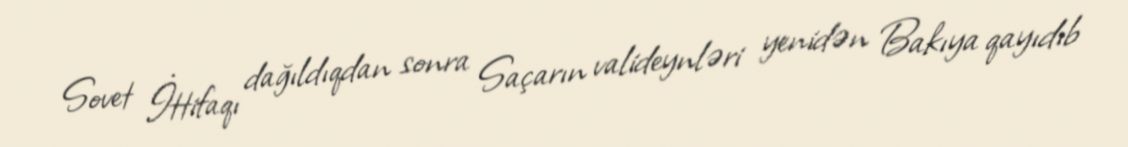
Sovet İttifaqı dağıldıqdan sonra Saçarın valideynləri yenidən Bakıya qayıdıb